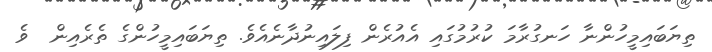
ތިޔަބައިމީހުންނާ ހަނގުރާމަ ކުރުމުގައި އެއުރެން ފިލައިނުދާނެއެވެ. ތިޔަބައިމީހުންގެ ތެރެއިން  ވެ